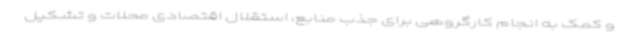
و کمک به انجام کارگروهی برای جذب منابع، استقلال اقتصادی محلات و تشکیل